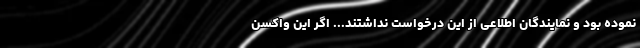
نموده بود و نمایندگان اطلاعی از این درخواست نداشتند... اگر این واکسن